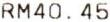
RM40.45